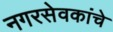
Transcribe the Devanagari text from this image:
नगरसेवकांचे